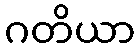
ဂတိယာ